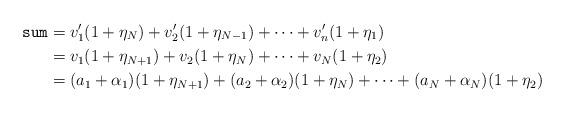
LaTeX: \begin{align*}\texttt{sum}&=v'_1(1+\eta_N)+v'_2(1+\eta_{N-1})+\cdots +v'_n(1+\eta_1)\\&=v_1(1+\eta_{N+1})+v_2(1+\eta_{N})+\cdots +v_N(1+\eta_2)\\&=(a_1+\alpha_1)(1+\eta_{N+1})+(a_2+\alpha_2)(1+\eta_{N})+\cdots +(a_N+\alpha_N)(1+\eta_2)\end{align*}